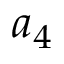
a _ { 4 }